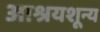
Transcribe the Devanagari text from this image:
आश्रयशून्य